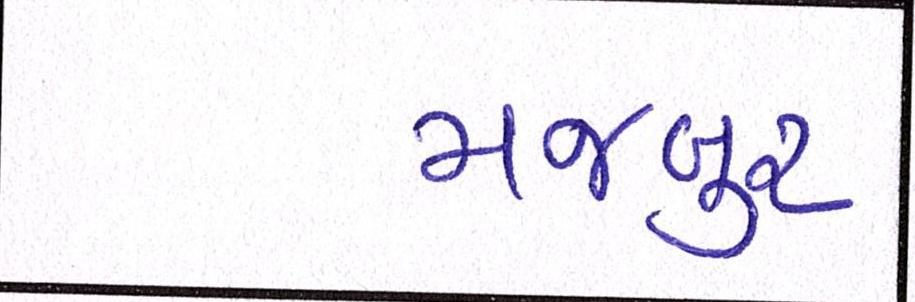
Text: મજબુર